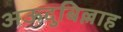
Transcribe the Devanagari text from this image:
अऊदुबिल्लाह